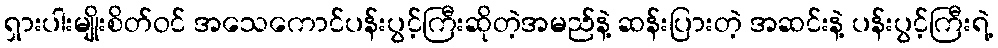
ရှားပါးမျိုးစိတ်ဝင် အသေကောင်ပန်းပွင့်ကြီးဆိုတဲ့အမည်နဲ့ ဆန်းပြားတဲ့ အဆင်းနဲ့ ပန်းပွင့်ကြီးရဲ့